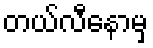
တယ်လီနောမှ